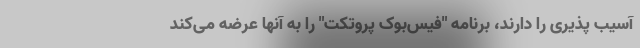
آسیب پذیری را دارند، برنامه "فیس‌بوک پروتکت" را به آنها عرضه می‌کند